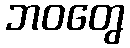
ဘဝတွေ